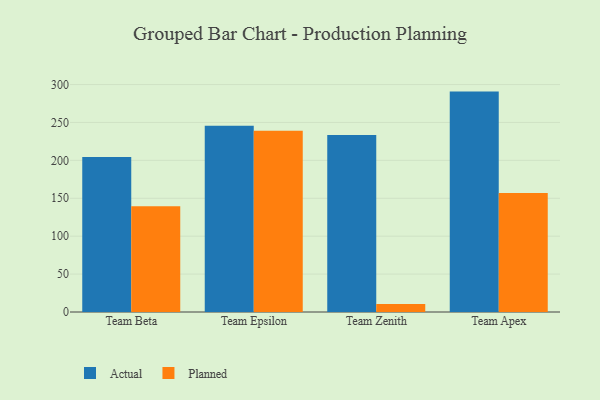
{"axis": {"x": "Team", "y": "Gross Profit (USD K)"}, "legend": ["Actual", "Planned"], "data": [{"x": "Team Beta", "y": 204.4, "type": "Actual"}, {"x": "Team Beta", "y": 139.6, "type": "Planned"}, {"x": "Team Epsilon", "y": 245.8, "type": "Actual"}, {"x": "Team Epsilon", "y": 239.0, "type": "Planned"}, {"x": "Team Zenith", "y": 233.5, "type": "Actual"}, {"x": "Team Zenith", "y": 10.4, "type": "Planned"}, {"x": "Team Apex", "y": 290.7, "type": "Actual"}, {"x": "Team Apex", "y": 157.0, "type": "Planned"}]}